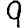
Digit: 9